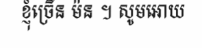
ខ្ញុំច្រើន ម៉ន ។ សូមអោយ